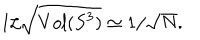
1 / \sqrt { V o l ( S ^ { 3 } ) } \simeq 1 / \sqrt { N } .